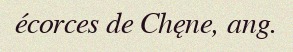
écorces de Chęne, ang.